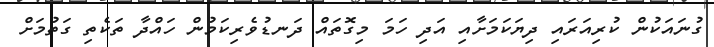
ގުނައަކުން ކުރިއަރައި ދިޔަކަމަށާއި އަދި ހަމަ މިގޮތައް ދަނޑުވެރިކަމުން ހައްދާ ތަކެތި ގަތުމަށް